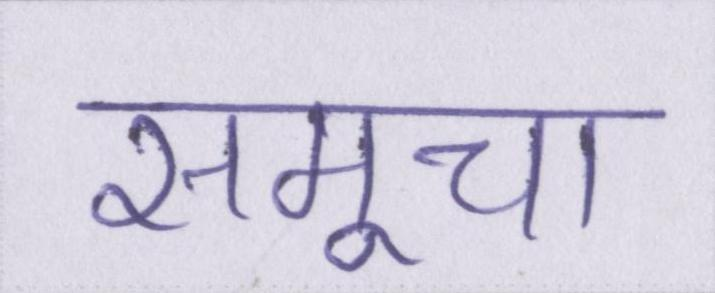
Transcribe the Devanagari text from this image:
समूचा